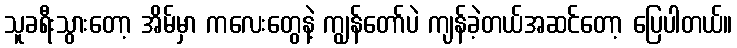
သူခရီးသွားတော့ အိမ်မှာ ကလေးတွေနဲ့ ကျွန်တော်ပဲ ကျန်ခဲ့တယ်အဆင်တော့ ပြေပါတယ်။